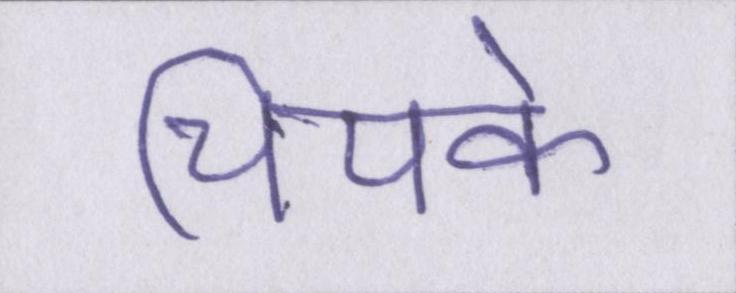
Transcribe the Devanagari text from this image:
चिपके